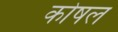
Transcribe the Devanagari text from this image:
कोषल